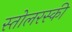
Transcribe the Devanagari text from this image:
स्तोलरस्की